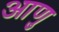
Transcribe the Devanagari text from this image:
आणु